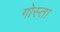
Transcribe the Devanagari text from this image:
गोस्ता